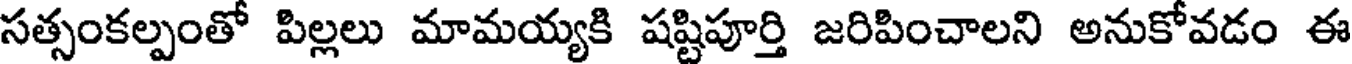
సత్సంకల్పంతో పిల్లలు మామయ్యకి షష్టిపూర్తి జరిపించాలని అనుకోవడం ఈ